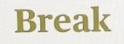
Break